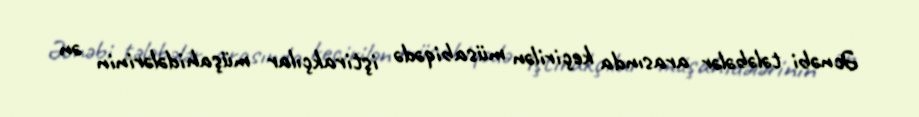
Əcnəbi tələbələr arasında keçirilən müsabiqədə iştirakçılar müşahidələrinin ən